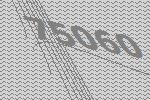
75060